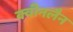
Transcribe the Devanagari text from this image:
क्वीनलैन